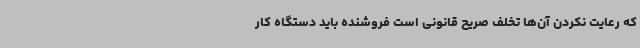
که رعایت نکردن آن‌ها تخلف صریح قانونی است فروشنده باید دستگاه کار